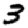
Digit: 3